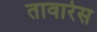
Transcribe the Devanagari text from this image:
तावारेस